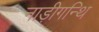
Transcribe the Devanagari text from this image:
नाड़ीगन्थि